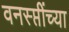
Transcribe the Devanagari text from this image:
वनस्प्तींच्या